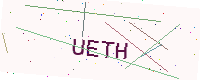
Text: UETH